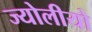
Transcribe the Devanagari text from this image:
ज्योलीयो